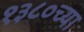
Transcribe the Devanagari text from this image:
१३८०च्या